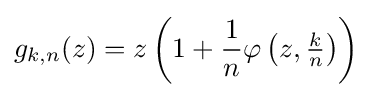
g_{k,n}(z)=z\left(1+{\frac {1}{n}}\varphi \left(z,{\tfrac {k}{n}}\right)\right)